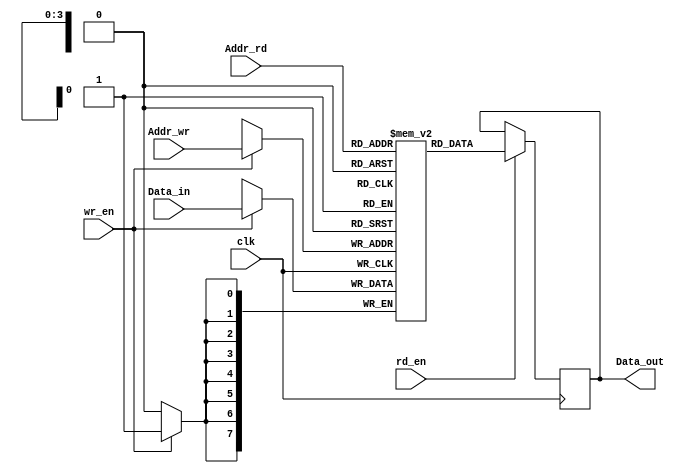
module DualPR(clk,Data_in,Addr_wr,wr_en,Data_out,Addr_rd,rd_en);
input clk,wr_en,rd_en;
input [7:0]Data_in;
input [3:0]Addr_wr,Addr_rd;
output reg [7:0]Data_out;
reg [7:0] MEM [15:0];
always@(posedge clk)
begin
 if(wr_en)
 begin
 MEM[Addr_wr]<=Data_in;
 end
 if(rd_en)
 begin
 Data_out<=MEM[Addr_rd];
 end
end
endmodule